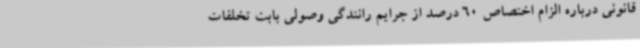
قانونی درباره الزام اختصاص 60 درصد از جرایم رانندگی وصولی بابت تخلفات